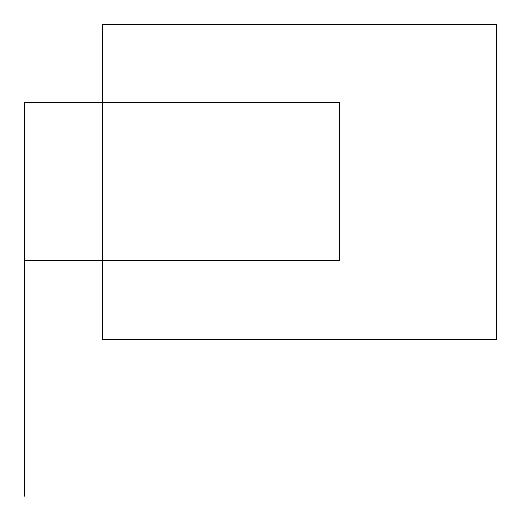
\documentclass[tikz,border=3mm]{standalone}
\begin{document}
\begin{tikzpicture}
\draw (1,16) rectangle (5,14);
\draw (2,17) rectangle (7,13);
\draw (1,11) rectangle (1,16);
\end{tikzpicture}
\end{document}